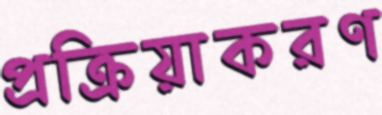
প্রক্রিয়াকরণ